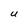
Character: U